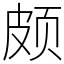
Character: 颇